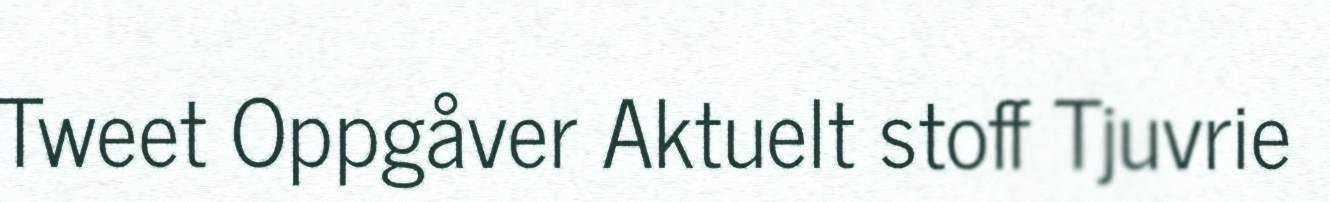
Tweet Oppgåver Aktuelt stoff Tjuvrie